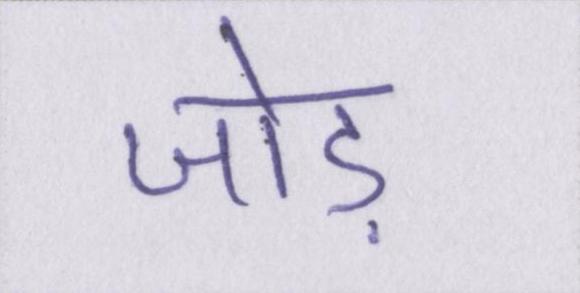
जोड़